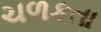
ચળકતા